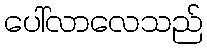
ပေါ်လာလေသည်